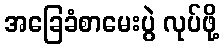
အခြေခံစာမေးပွဲ လုပ်ဖို့